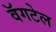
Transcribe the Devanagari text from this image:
वॅगटेल